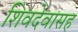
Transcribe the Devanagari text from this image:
शिवदेवासह